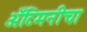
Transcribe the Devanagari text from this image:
अँटिमनीचा